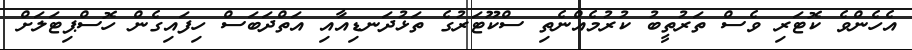
އެހެންވެ ކޮޓަރި ވެސް ތަރުތީބު ކުރުމެއްނެތި ސްކޫޓަރުގެ ތަޅުދަނޑިއާއި އަތްދަބަސް ހިފައިގެން ހޮސްޕިޓަލަށް